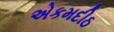
એકમદીઠ